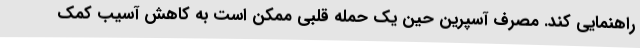
راهنمایی کند. مصرف آسپرین حین یک حمله قلبی ممکن است به کاهش آسیب کمک